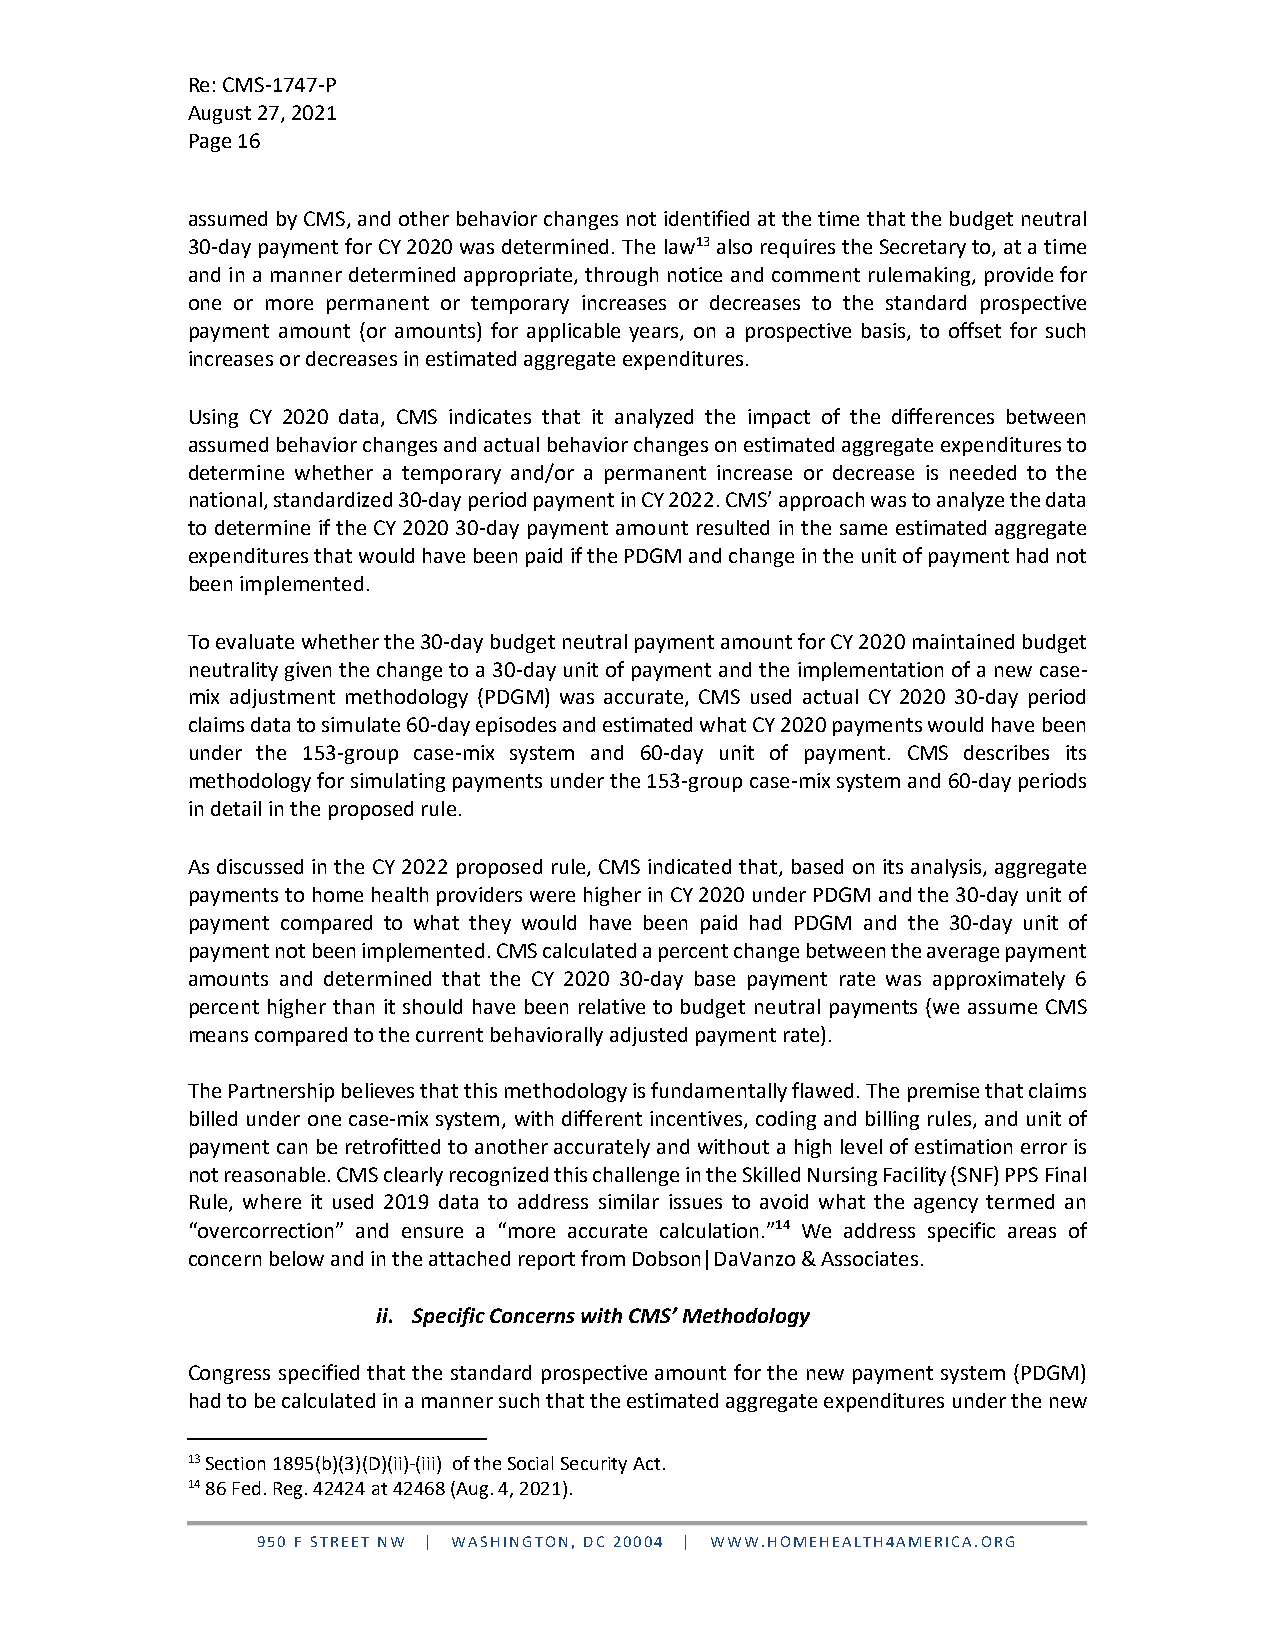
Re: CMS-1747-P
 August 27, 2021
 Page 16
 assumed by CMS, and other behavior changes not identified at the time that the budget neutral
 30-day payment for CY 2020 was determined. The law13 also requires the Secretary to, at a time
 and in a manner determined appropriate, through notice and comment rulemaking, provide for
 one or more permanent or temporary increases or decreases to the standard prospective
 payment amount (or amounts) for applicable years, on a prospective basis, to offset for such
 increases or decreases in estimated aggregate expenditures.
 Using CY 2020 data, CMS indicates that it analyzed the impact of the differences between
 assumed behavior changes and actual behavior changes on estimated aggregate expenditures to
 determine whether a temporary and/or a permanent increase or decrease is needed to the
 national, standardized 30-day period payment in CY 2022. CMS’ approach was to analyze the data
 to determine if the CY 2020 30-day payment amount resulted in the same estimated aggregate
 expenditures that would have been paid if the PDGM and change in the unit of payment had not
 been implemented.
 To evaluate whether the 30-day budget neutral payment amount for CY 2020 maintained budget
 neutrality given the change to a 30-day unit of payment and the implementation of a new case-
 mix adjustment methodology (PDGM) was accurate, CMS used actual CY 2020 30-day period
 claims data to simulate 60-day episodes and estimated what CY 2020 payments would have been
 under the 153-group case-mix system and 60-day unit of payment. CMS describes its
 methodology for simulating payments under the 153-group case-mix system and 60-day periods
 in detail in the proposed rule.
 As discussed in the CY 2022 proposed rule, CMS indicated that, based on its analysis, aggregate
 payments to home health providers were higher in CY 2020 under PDGM and the 30-day unit of
 payment compared to what they would have been paid had PDGM and the 30-day unit of
 payment not been implemented. CMS calculated a percent change between the average payment
 amounts and determined that the CY 2020 30-day base payment rate was approximately 6
 percent higher than it should have been relative to budget neutral payments (we assume CMS
 means compared to the current behaviorally adjusted payment rate).
 The Partnership believes that this methodology is fundamentally flawed. The premise that claims
 billed under one case-mix system, with different incentives, coding and billing rules, and unit of
 payment can be retrofitted to another accurately and without a high level of estimation error is
 not reasonable. CMS clearly recognized this challenge in the Skilled Nursing Facility (SNF) PPS Final
 Rule, where it used 2019 data to address similar issues to avoid what the agency termed an
 “overcorrection” and ensure a “more accurate calculation.”14 We address specific areas of
 concern below and in the attached report from Dobson|DaVanzo & Associates.
 ii. Specific Concerns with CMS’ Methodology
 Congress specified that the standard prospective amount for the new payment system (PDGM)
 had to be calculated in a manner such that the estimated aggregate expenditures under the new
 13 Section 1895(b)(3)(D)(ii)-(iii) of the Social Security Act.
 14 86 Fed. Reg. 42424 at 42468 (Aug. 4, 2021).
 950 F STREET NW | WASHINGTON, DC 20004 | WWW.HOMEHEALTH4AMERICA.ORG